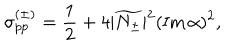
\sigma _ { p p } ^ { ( \pm ) } = \frac 1 2 + 4 | \widetilde { N _ { \pm } } | ^ { 2 } ( \mathrm { I m } \, \alpha ) ^ { 2 } ,